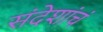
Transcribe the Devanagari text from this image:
संदेशांचं